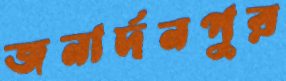
জনার্দনপুর